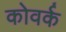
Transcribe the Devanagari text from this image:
कोवर्क